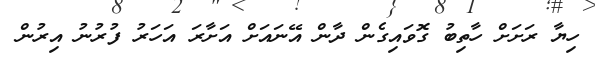
ހިޔާ ރަށަށް ހާތިބު ގޮވައިގެން ދާން އޭނައަށް އަށާރަ އަހަރު ފުރުނު އިރުން